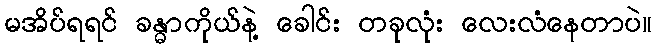
မအိပ်ရရင် ခန္ဓာကိုယ်နဲ့ ခေါင်း တခုလုံး လေးလံနေတာပဲ။